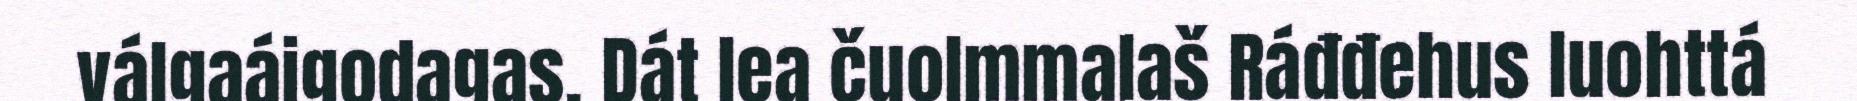
válgaáigodagas. Dát lea čuolmmalaš Ráđđehus luohttá